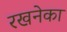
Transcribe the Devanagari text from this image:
रखनेका